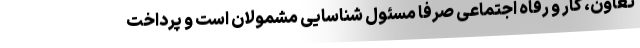
تعاون، کار و رفاه اجتماعی صرفا مسئول شناسایی مشمولان است و پرداخت